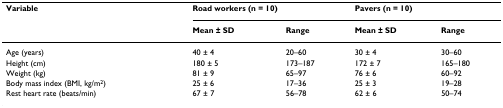
<table><thead><tr><td><b>Variable</b></td><td colspan="2"><b>Road workers (n = 10)</b></td><td colspan="2"><b>Pavers (n = 10)</b></td></tr><tr><td></td><td><b>Mean ± SD</b></td><td><b>Range</b></td><td><b>Mean ± SD</b></td><td><b>Range</b></td></tr></thead><tbody><tr><td>Age (years)</td><td>40 ± 4</td><td>20–60</td><td>30 ± 4</td><td>30–60</td></tr><tr><td>Height (cm)</td><td>180 ± 5</td><td>173–187</td><td>172 ± 7</td><td>165–180</td></tr><tr><td>Weight (kg)</td><td>81 ± 9</td><td>65–97</td><td>76 ± 6</td><td>60–92</td></tr><tr><td>Body mass index (BMI, kg/m<sup>2</sup>)</td><td>25 ± 6</td><td>17–36</td><td>25 ± 3</td><td>19–28</td></tr><tr><td>Rest heart rate (beats/min)</td><td>67 ± 7</td><td>56–78</td><td>62 ± 6</td><td>50–74</td></tr></tbody></table>